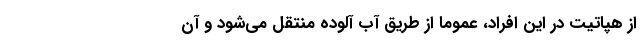
از هپاتیت در این افراد، عموماً از طریق آب آلوده منتقل می‌شود و آن